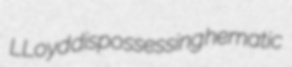
LLoyd dispossessing hematic